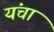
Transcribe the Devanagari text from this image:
यंचा